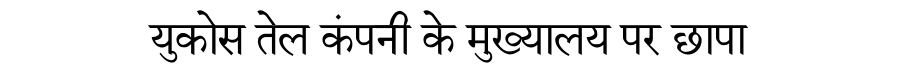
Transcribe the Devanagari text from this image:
युकोस तेल कंपनी के मुख्यालय पर छापा